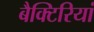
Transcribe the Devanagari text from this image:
बैक्टिरियां